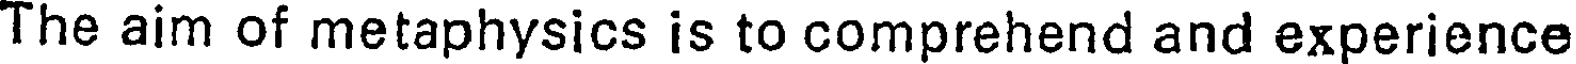
The aim of metaphysics is to comprehend and experience